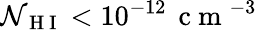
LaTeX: \mathcal{N}_{\mathrm{{~H~I~}}}<10^{-12}\, \mathrm{{~c~m~}}^{-3}